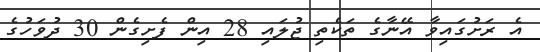
އެ ރަށުގައިވާ އޭނާގެ ތަކެތި ޖުލައި 28 އިން ފެށިގެން 30 ދުވަހުގެ